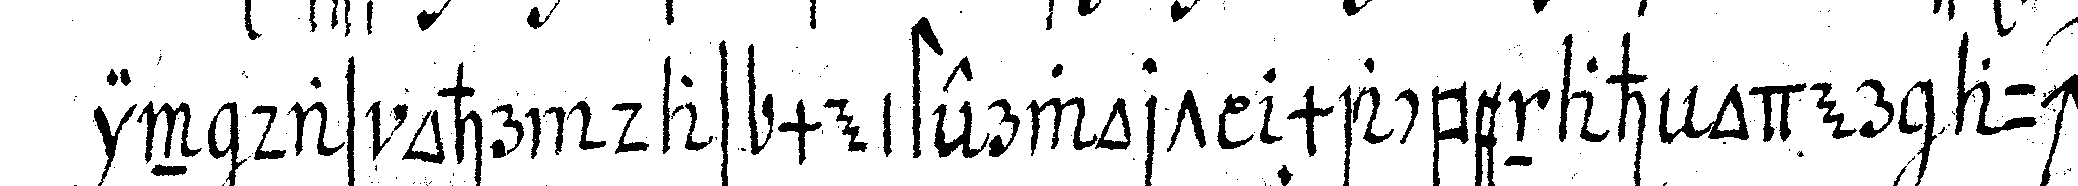
in das ohr das meisterwort macbenah oder auch